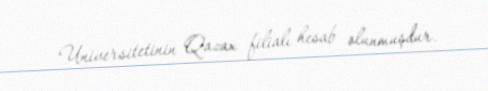
Universitetinin Qazax filialı hesab olunmuşdur.